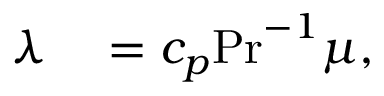
\begin{array} { r l } { \lambda } & { { } = c _ { p } \mathrm { P r } ^ { - 1 } \mu , } \end{array}